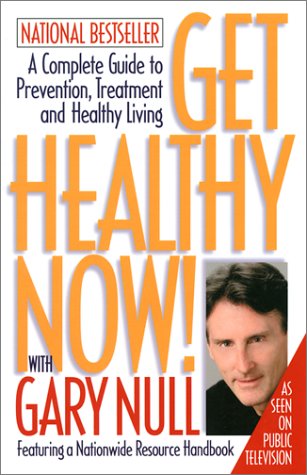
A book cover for Get Healthy Now! With Gary Null: A Complete Guide to Prevention, Treatment, and Healthy Living; Gary Null; Health, Fitness & Dieting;